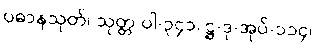
ပဓာနသုတ်၊ သုတ္တ-ပါ-၃၄၁၊ ဋ္ဌ-ဒု-အုပ်-၁၁၄၊